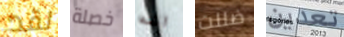
لقد خصلة انه ضللت تعدين